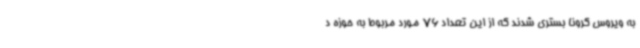
به ویروس کرونا بستری شدند که از این تعداد 76 مورد مربوط به حوزه د